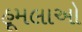
હૂમલાઓ